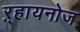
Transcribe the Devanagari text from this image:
ऱ्हायनोज